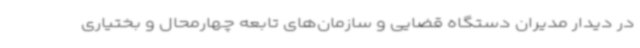
در دیدار مدیران دستگاه قضایی و سازمان‌های تابعه چهارمحال و بختیاری